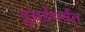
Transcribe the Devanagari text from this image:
दुबईपर्यंत